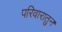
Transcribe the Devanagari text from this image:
परिवारातुन